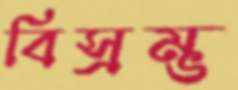
বিস্রম্ভ